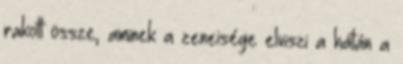
rakott össze, aminek a zeneisége elviszi a hátán a